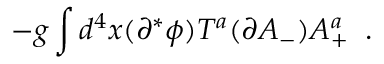
- g \int d ^ { 4 } x ( \partial ^ { * } \phi ) T ^ { a } ( \partial A _ { - } ) A _ { + } ^ { a } \; \; .